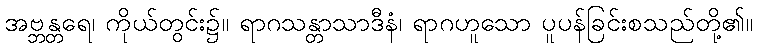
အဗ္ဘန္တရေ၊ ကိုယ်တွင်း၌။ ရာဂသန္တာသာဒီနံ၊ ရာဂဟူသော ပူပန်ခြင်းစသည်တို့၏။